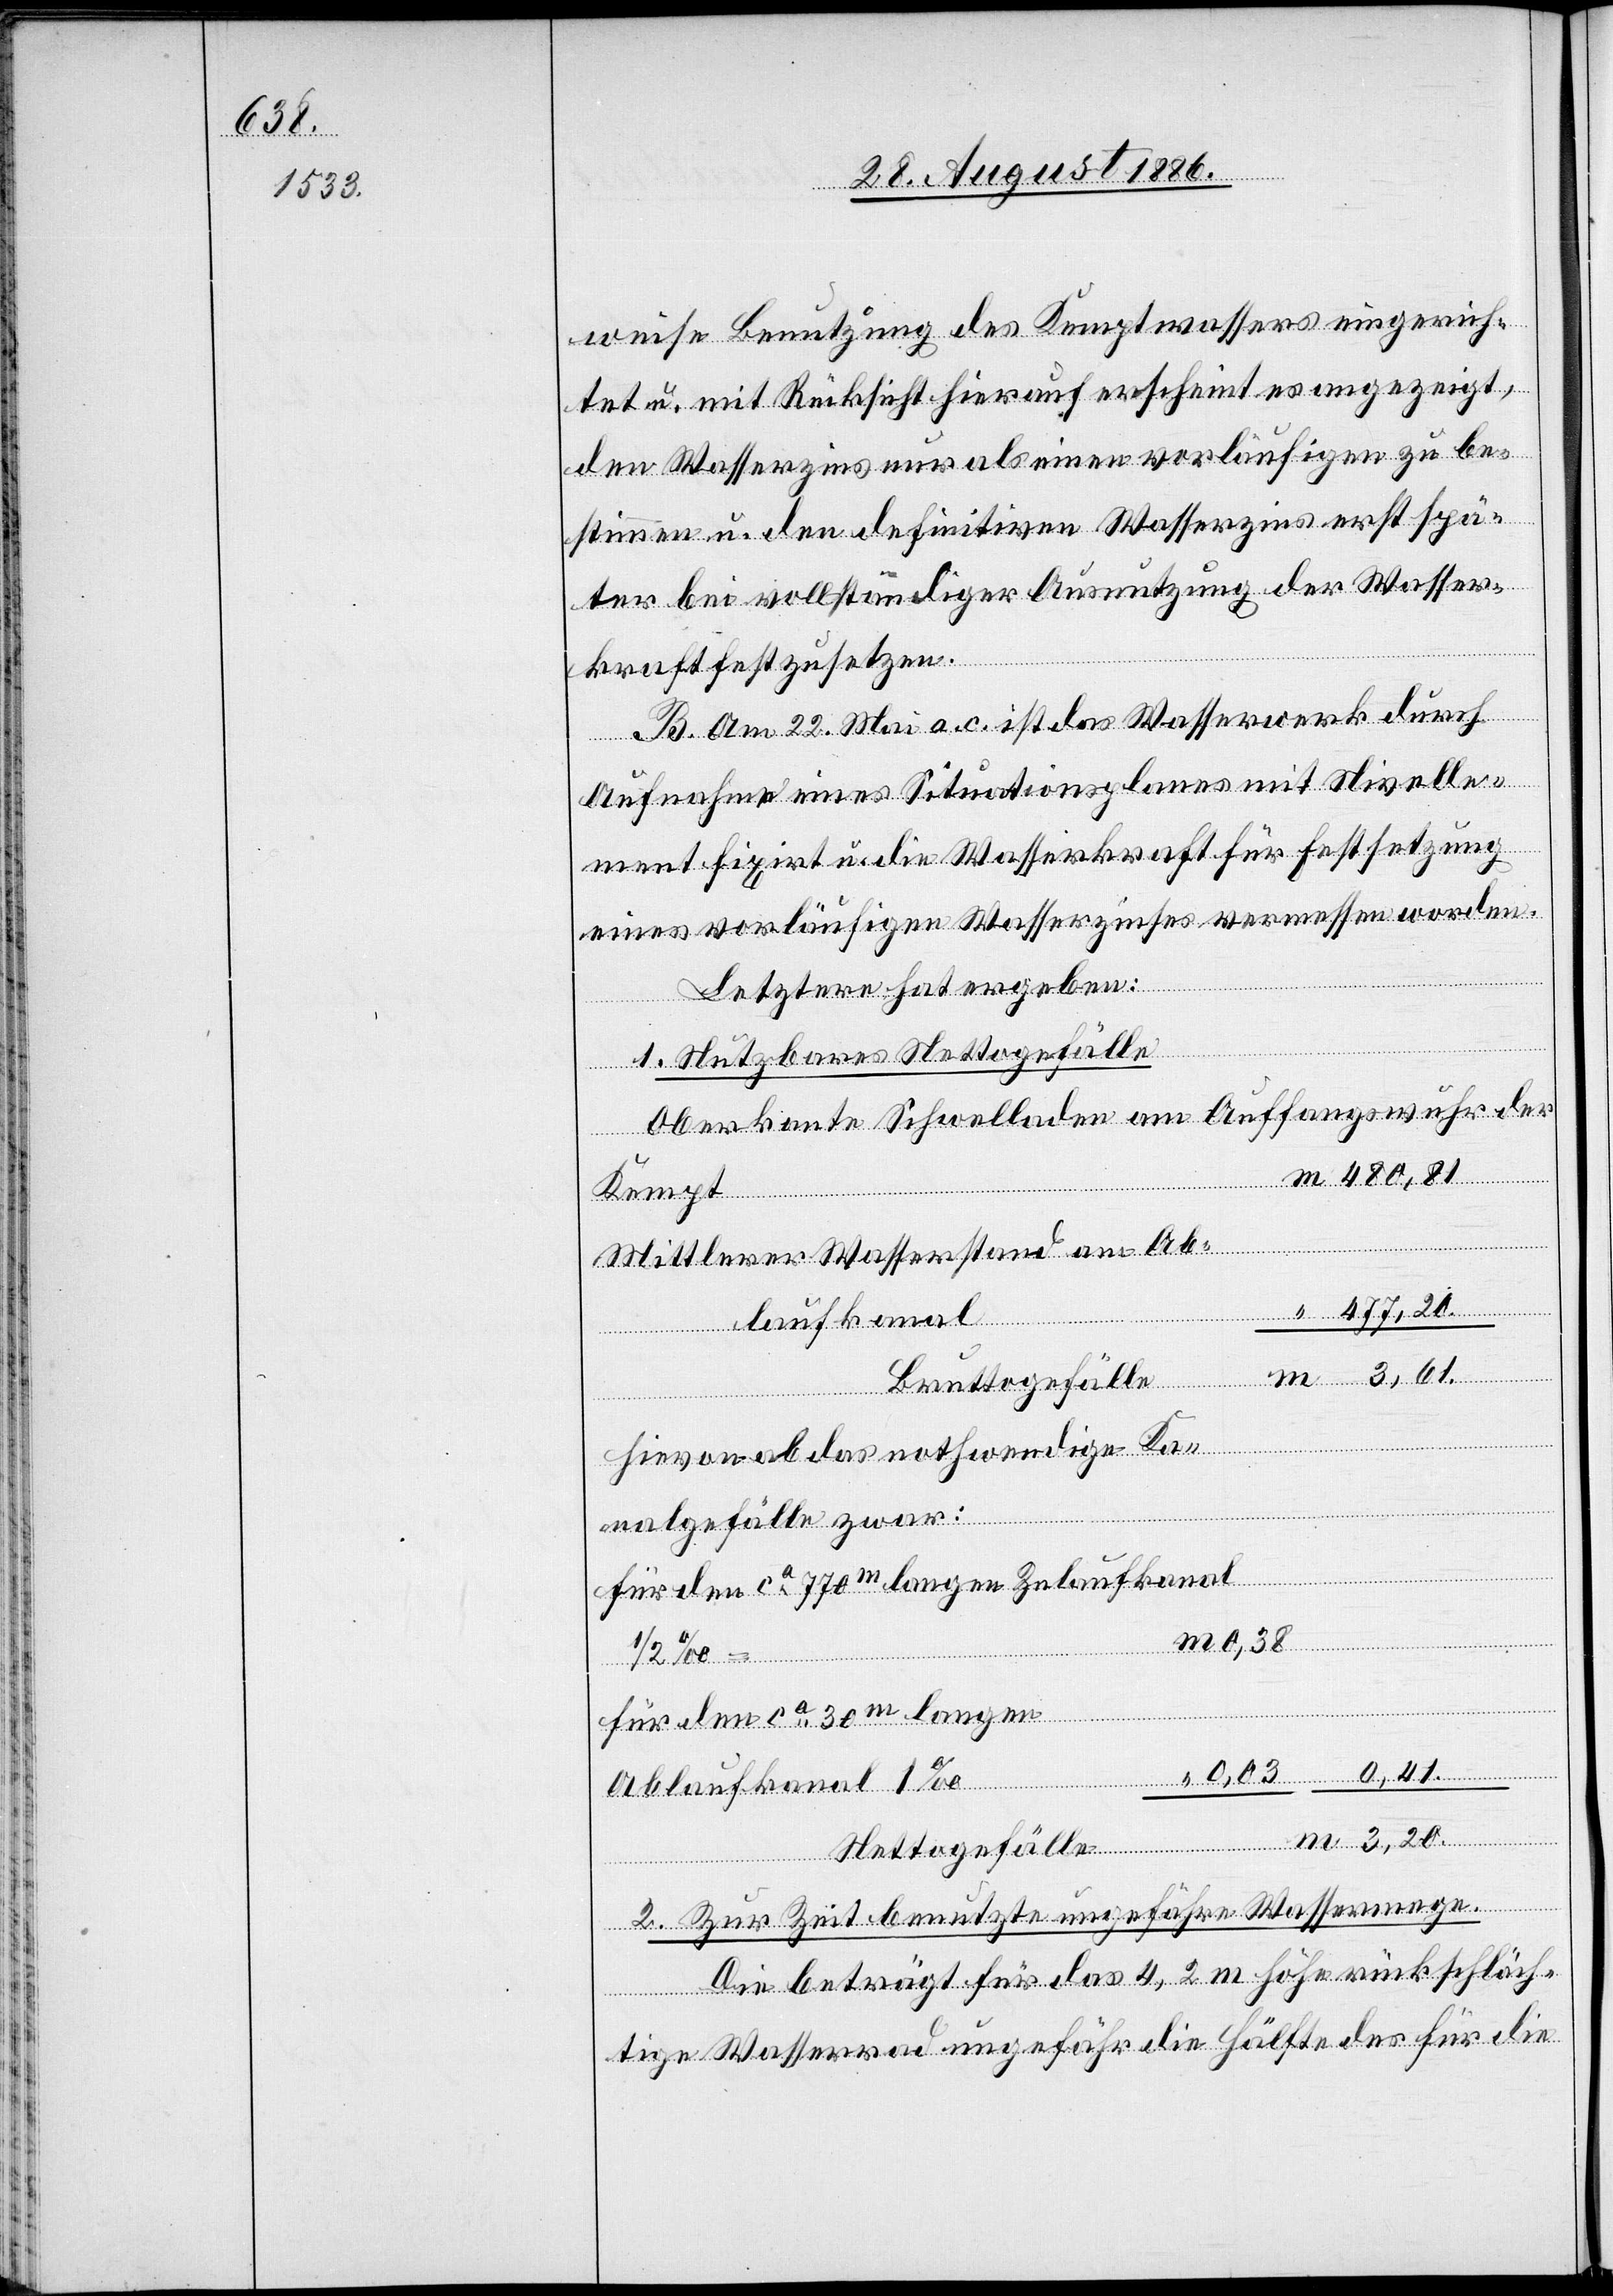
0,41.
3,20.

weise Benutzung des Kemptwassers eingerich¬
tet u. mit Rücksicht hierauf erscheint es angezeigt,
den Wasserzins nur als einen vorläufigen zu be¬
stimmen u. den definitiven Wasserzins erst spä¬
ter bei vollständiger Ausnutzung der Wasser¬
m
kraft festzusetzen.
B. Am 22. Mai a. c. ist das Wasserwerk durch
zwar:
Aufnahme eines Situationsplanes mit Nivelle¬
ment fixirt u. die Wasserkraft für Festsetzung
eines vorläufigen Wasserzinses vermessen worden.
Kempt
Letztere hat ergeben:
Ablaufkanal
1. Nutzbares Nettogefälle
Oberkante Schwelladen am Auffangswuhr der
Mittlerer Wasserstand am Ab¬
Bruttogefälle
Hievon ab das nothwendige Kan¬
Für den ca 770m langen Zulaufkanal
0,38
Für den ca 30m langen
2. Zur Zeit benutzte ungefähre Wassermenge.
Die beträgt für das 4,2 m hohe rückschläch¬
tige Wasserrad ungefähr die Hälfte des für die